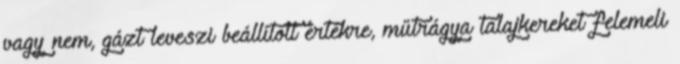
vagy nem, gázt leveszi beállított értékre, műtrágya talajkereket felemeli